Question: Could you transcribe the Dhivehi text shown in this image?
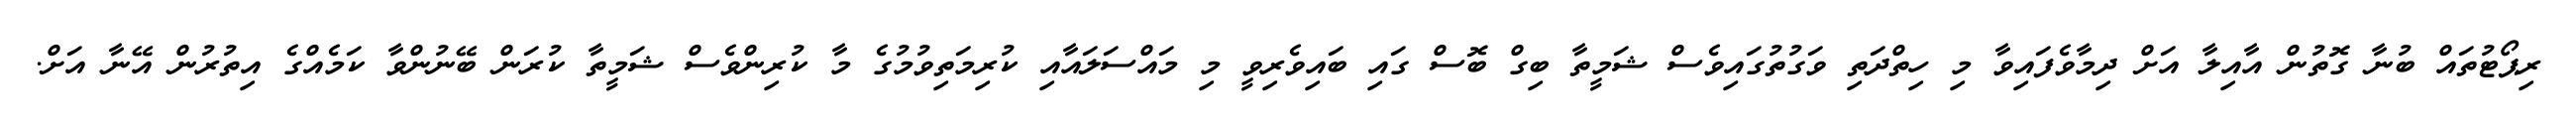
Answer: ރިޕޯޓުތައް ބުނާ ގޮތުން އާއިލާ އަށް ދިމާވެފައިވާ މި ހިތްދަތި ވަގުތުގައިވެސް ޝަމީތާ ބިގް ބޮސް ގައި ބައިވެރިވީ މި މައްސަލައާއި ކުރިމަތިވުމުގެ މާ ކުރިންވެސް ޝަމީތާ ކުރަން ބޭނުންވާ ކަމެއްގެ އިތުރުން އޭނާ އަށް.